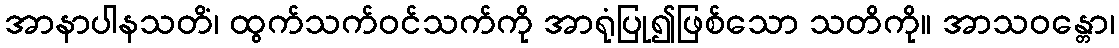
အာနာပါနသတိံ၊ ထွက်သက်ဝင်သက်ကို အာရုံပြု၍ဖြစ်သော သတိကို။ အာသဝန္တော၊